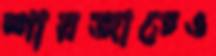
শারজাতেও